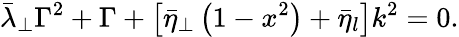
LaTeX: \bar{\lambda}_{\perp}\Gamma^{2}+\Gamma+\left[\bar{\eta}_{\perp}\left(1-x^{2}\right)+\bar{\eta}_{l}\right]k^{2}=0.